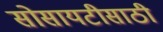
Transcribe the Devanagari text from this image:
सोसायटीसाठी